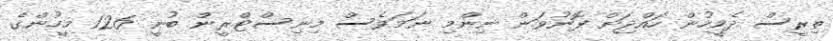
ތިރީސް ދެމީހުން ހައްޖަށް ފޮނުވަން ނިންމި ނަމަވެސް މިނިސްޓްރީން ބުނީ 126 މީހުންގެ